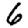
Digit: 6